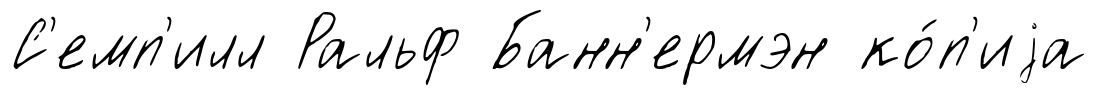
С'емп'илл Ральф Банн'ермэн ко́п'иjа